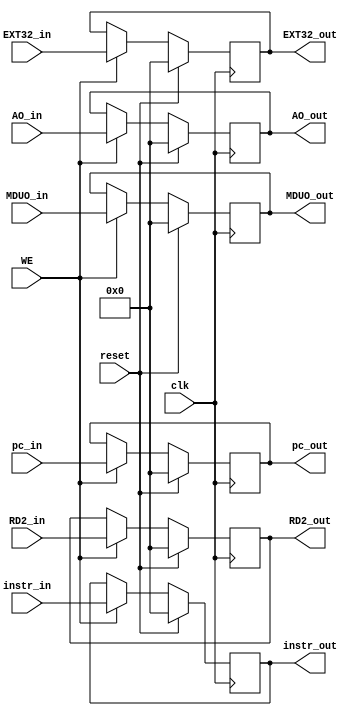
`timescale 1ns / 1ps

module M_REG(
    input clk,
    input reset,
    input WE,
    input [31:0] instr_in,
    input [31:0] pc_in,
    input [31:0] RD2_in,
    input [31:0] EXT32_in,
    input [31:0] AO_in,
    input [31:0] MDUO_in,
    output [31:0] instr_out,
    output [31:0] pc_out,
    output [31:0] RD2_out,
    output [31:0] EXT32_out,
    output [31:0] AO_out,
    output [31:0] MDUO_out
    );
    
    reg [31:0] instr;
    reg [31:0] pc;
    reg [31:0] RD2;
    reg [31:0] EXT32;
    reg [31:0] AO;
    reg [31:0] MDUO;
    
    assign instr_out = instr;
    assign pc_out = pc;
    assign RD2_out = RD2;
    assign EXT32_out = EXT32;
    assign AO_out = AO;
    assign MDUO_out = MDUO;
    
    always @(posedge clk) begin
        if(reset) begin
            instr <= 0;
            pc <= 0;
            RD2 <= 0;
            EXT32 <= 0;
            AO <= 0;
            MDUO <= 0;
        end
        else if(WE) begin
            instr <= instr_in;
            pc <= pc_in;
            RD2 <= RD2_in;
            EXT32 <= EXT32_in;
            AO <= AO_in;
            MDUO <= MDUO_in;
        end
    end

endmodule